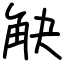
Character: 觖